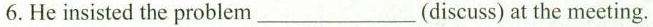
6. He insisted the problem ___ (discuss) at the meeting.